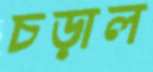
চড়াল